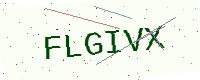
Text: FLGIVX